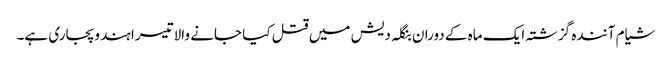
شیام آنندہ گزشتہ ایک ماہ کے دوران بنگلہ دیش میں قتل کیا جانے والا تیسرا ہندو پجاری ہے۔